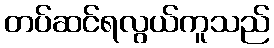
တပ်ဆင်ရလွယ်ကူသည်